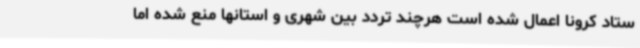
ستاد کرونا اعمال شده است هرچند تردد بین شهری و استانها منع شده اما